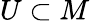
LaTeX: U\subset M